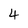
Character: 4